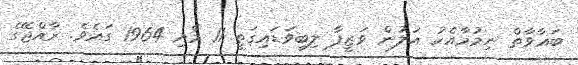
ބަޣާވާތް ނިމުމާއެކު އަލުން ވަޒީފާ ލިބިވަޑައިގަތީ 11 މެއި 1964 ގައެވެ. ރާއްޖޭގެ